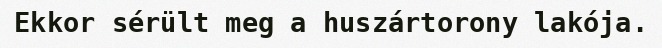
Ekkor sérült meg a huszártorony lakója.